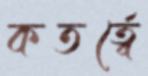
কতর্ত্বে